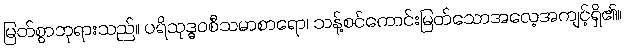
မြတ်စွာဘုရားသည်။ ပရိသုဒ္ဓဝစီသမာစာရော၊ သန့်စင်ကောင်းမြတ်သောအလေ့အကျင့်ရှိ၏။